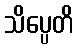
သိပ္ပေတိ